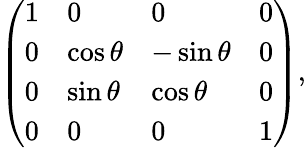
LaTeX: \left(\begin{array}{llll}{{1}}&{{0}}&{{0}}&{{0}}\\ {{0}}&{{\cos\theta}}&{{-\sin\theta}}&{{0}}\\ {{0}}&{{\sin\theta}}&{{\cos\theta}}&{{0}}\\ {{0}}&{{0}}&{{0}}&{{1}}\end{array}\right),